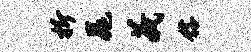
折晁义髂